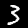
Label: 3